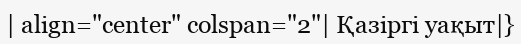
| align="center" colspan="2"| Қазіргі уақыт|}